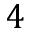
4